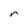
Character: r